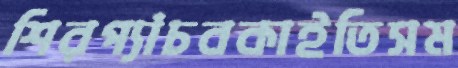
শিরপ্যাঁচবকাইতিসম